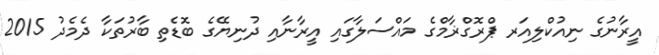
އީރާނުގެ ނިއުކްލިއަރ ޕްރޮގްޜާމްގެ މައްސަލާގައި އީރާނާއި ދުނިޔޭގެ ބޮޑެތި ބާރުތަކާ ދެމެދު 2015